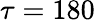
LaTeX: \tau=180